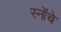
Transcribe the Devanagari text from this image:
स्नोंचे